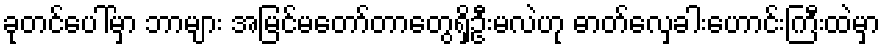
ခုတင်ပေါ်မှာ ဘာများ အမြင်မတော်တာတွေရှိဦးမလဲဟု ဓာတ်လှေခါးဟောင်းကြီးထဲမှာ